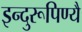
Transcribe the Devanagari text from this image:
इन्दुरूपिण्यै